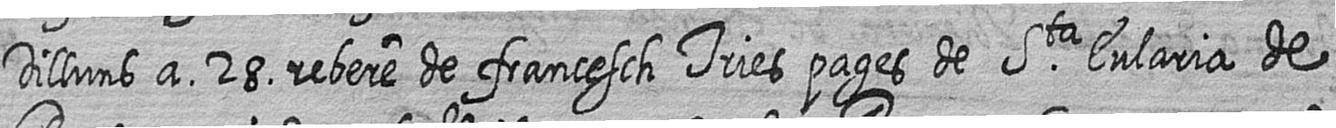
Dilluns a 28 rebere de francesch Tries pages de Sta Eularia de